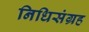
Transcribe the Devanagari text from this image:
निधिसंग्रह